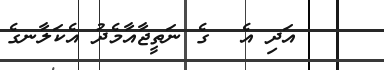
١٥    އަދި އެ  ގެ ނަތީޖާއާމެދު އެކަލާނގެ